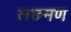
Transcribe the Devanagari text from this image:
लछमण